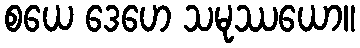
စယေ ဒေဟေ သမုဿယော။